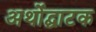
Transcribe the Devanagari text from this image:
अर्थोद्घाटक